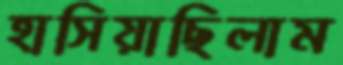
হাসিয়াছিলাম